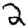
Digit: 2